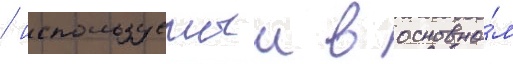
/ используемыи в основно́м